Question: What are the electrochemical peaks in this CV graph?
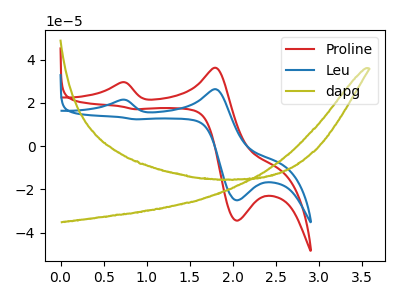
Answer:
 <answer>The red curve "Proline" has anodic peaks at (0.70V, 29.45uA) (1.80V, 36.20uA) and cathodic peaks at (2.05V, -34.40uA) (0.85V, 17.05uA). The blue curve "Leu" has anodic peaks at (0.70V, 21.40uA) (1.80V, 26.30uA) and cathodic peaks at (2.05V, -25.00uA) (0.85V, 12.40uA). The olive curve "dapg" has no peaks.</answer>
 <eval></eval>